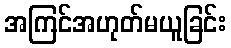
အကြင်အဟုတ်မယူခြင်း